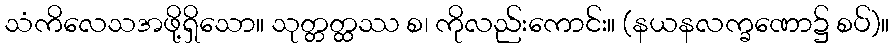
သံကိလေသအဖို့ရှိသော။ သုတ္တတ္ထဿ စ၊ ကိုလည်းကောင်း။ (နယနလက္ခဏော၌ စပ်)။